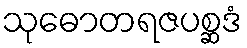
သုဓောတရဇပစ္ဆဒံ